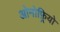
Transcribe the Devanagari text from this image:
ओनोफ़्रियो